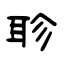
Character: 聄